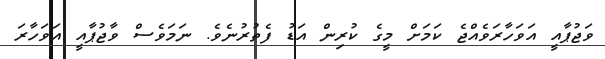
ވަޖުޕާއީ އަވަހާރަވެއްޖެ ކަމަށް މީގެ ކުރިން އަޑު ފެތުރުނެވެ. ނަމަވެސް ވާޖުޕާއީ އަވަހާރަ